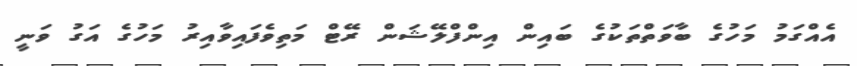
އެއްގަމު މަހުގެ ބާވަތްތަކުގެ ބައިން އިންފްލޭޝަން ރޭޓް މަތިވެފައިވާއިރު މަހުގެ އަގު ވަނީ